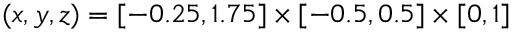
( x , y , z ) = [ - 0 . 2 5 , 1 . 7 5 ] \times [ - 0 . 5 , 0 . 5 ] \times [ 0 , 1 ]